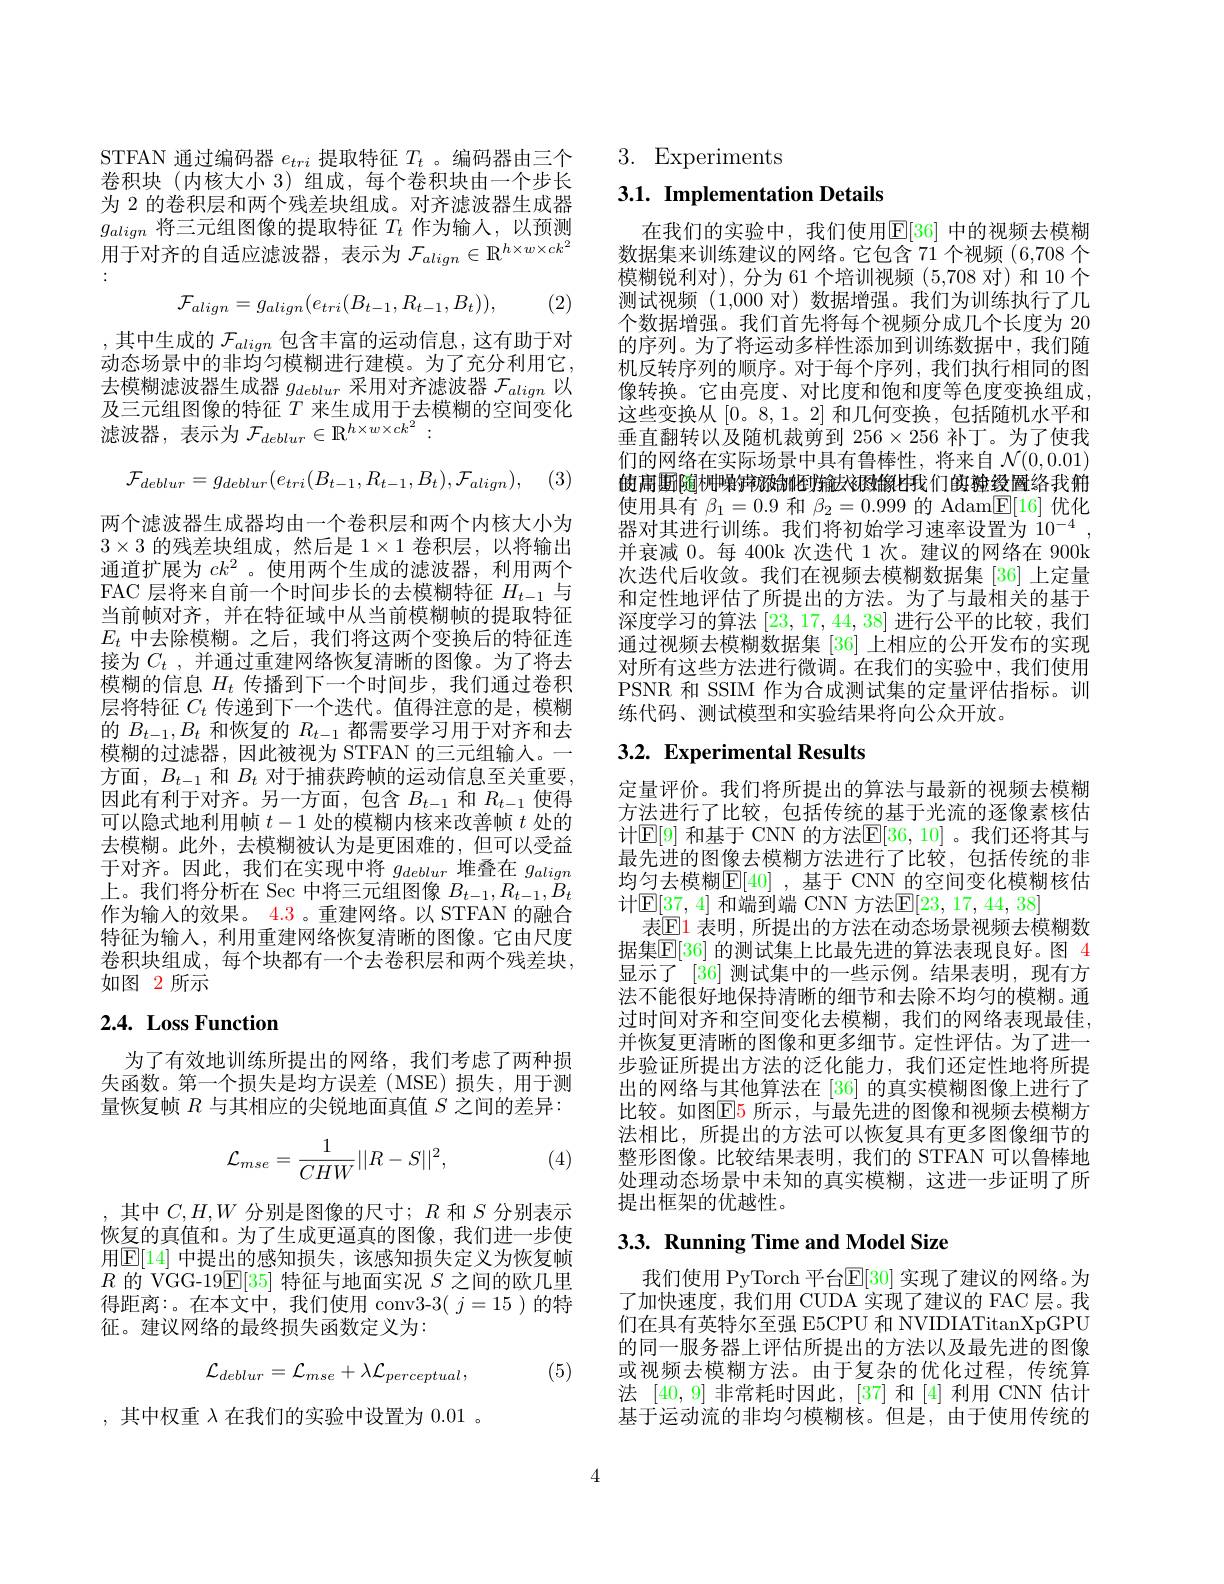
STFAN 通过编码器$e_tri$提取特征$T_t$ 。编码器由三个卷积块(内核大小 3)组成，每个卷积块由一个步长为 2 的卷积层和两个残差块组成。对齐滤波器生成器$g_{align}$将三元组图像的提取特征$T_t$作为输入，以预测$galign\text{ 门 一 几 红 区 域 的 爬 似 可 血 }^{2}t$ $| \Gamma$万 棚 厂 , 以 顶 的 用 于 对 齐 的 自 适 应 滤 波 器 , 表 示 为 $\mathcal{F} _{align}\in \mathbb{R} ^{h\times w\times ck^{2}}$
$$\mathcal F_{align}=g_{align}(e_{tri}(B_{t-1},R_{t-1},B_{t})),$$
(2)

,其中生成的 $\mathcal{F}_align$ 包含丰富的运动信息，这有助于对动态场景中的非均匀模糊进行建模。为了充分利用它， 去模糊滤波器生成器$g_{deblur}$采用对齐滤波器$\mathcal{F}_align$以及三元组图像的特征$T$来生成用于去模糊的空间变化滤波器，表示为$\mathcal{F}_deblur\in\mathbb{R}^{h\times w\times ck^{2}}:$
$$\mathcal{F}_{deblur}=g_{deblur}(e_{tri}(B_{t-1},R_{t-1},B_{t}),\mathcal{F}_{align}),$$
 , (3)

两个滤波器生成器均由一个卷积层和两个内核大小为$3\times3$的残差块组成，然后是 1$\times1$卷积层，以将输出通道扩展为$ck^2$ 。使用两个生成的滤波器，利用两个FAC 层将来自前一个时间步长的去模糊特征$H_{t-1}$与当前帧对齐，并在特征域中从当前模糊帧的提取特征$E_t$中去除模糊。之后，我们将这两个变换后的特征连接为$C_t$ , 并通过重建网络恢复清晰的图像。为了将去模糊的信息$H_t$传播到下一个时间步，我们通过卷积层将特征$C_t$传递到下一个迭代。值得注意的是，模糊的$B_{t-1},B_t$和恢复的$R_t-1$都需要学习用于对齐和去模糊的过滤器，因此被视为 STFAN 的三元组输人。一方面，$B_{t-1}$和$B_t$对于捕获跨帧的运动信息至关重要， 因此有利于对齐。另一方面，包含$B_t-1$和$R_{t-1}$使得可以隐式地利用帧$t-1$处的模糊内核来改善帧$t$处的去模糊。此外，去模糊被认为是更困难的，但可以受益于对齐。因此，我们在实现中将$g_{deblur}$堆叠在$g_{align}$ 上。我们将分析在 Sec 中将三元组图像$B_t-1,R_{t-1},\ddot{B}_t$ 作为输入的效果。$\color{red}{4.3}$ 。重建网络。以 STFAN 的融合特征为输人，利用重建网络恢复清晰的图像。它由尺度卷积块组成，每个块都有一个去卷积层和两个残差块， 如图 2 所示

# $2. 4. \textbf{Loss Function}$

为了有效地训练所提出的网络，我们考虑了两种损失函数。第一个损失是均方误差(MSE)损失，用于测量恢复帧$R$与其相应的尖锐地面真值$S$之间的差异：
$$\mathcal{L}_{mse}=\frac{1}{CHW}||R-S||^{2},$$
(4)

,其中$C,H,W$分别是图像的尺寸；$R$和$S$分别表示恢复的真值和。为了生成更逼真的图像，我们进一步使用$\boxed{\mathbb{E}}[14]$ 中提出的感知损失，该感知损失定义为恢复帧$R$的 VGG-19$\mathbb{E}[35]$特征与地面实况$S$之间的欧几里得距离：。在本文中，我们使用 conv3-3( $j=15$ )的特征。建议网络的最终损失函数定义为：
$$\mathcal{L}_{deblur}=\mathcal{L}_{mse}+\lambda\mathcal{L}_{perceptual},$$
(5)

,其中权重$\lambda$在我们的实验中设置为0.01 。

3. Experiments

# 3.1. Implementation Details

在我们的实验中，我们使用$\overline{\mathbb{E}}[36]$ 中的视频去模糊数据集来训练建议的网络。它包含 71 个视频 (6,708 个模糊锐利对),分为 61 个培训视频 (5,708 对)和 10 个测试视频(1,000 对)数据增强。我们为训练执行了几个数据增强。我们首先将每个视频分成几个长度为 20的序列。为了将运动多样性添加到训练数据中，我们随机反转序列的顺序。对于每个序列，我们执行相同的图像转换。它由亮度、对比度和饱和度等色度变换组成， 这些变换从[0。8,1。2] 和几何变换，包括随机水平和垂直翻转以及随机裁剪到$256\times256$补丁。为了使我们的网络在实际场景中具有鲁棒性，将来自$\mathcal{N}(0,0.01)$ 的高虹随枬噪垿旐铷倒骓妀袐檄牦我们敏翀绫圃络我觥使用具有$\beta_1=0.9$和$\beta_2=0.999$的 Adam$\underline{\mathrm{E}}[16]$优化器对其进行训练。我们将初始学习速率设置为 10$^{- 4}$ , 并衰减 0。每 400k 次迭代 1 次。建议的网络在 900k 次迭代后收敛。我们在视频去模糊数据集 [36] 上定量和定性地评估了所提出的方法。为了与最相关的基于深度学习的算法[23,17,44,38]进行公平的比较，我们通过视频去模糊数据集 [36] 上相应的公开发布的实现对所有这些方法进行微调。在我们的实验中，我们使用PSNR 和 SSIM 作为合成测试集的定量评估指标。训练代码、测试模型和实验结果将向公众开放。

# 3.2. Experimental Results

定量评价。我们将所提出的算法与最新的视频去模糊方法进行了比较，包括传统的基于光流的逐像素核估计$\mathbb{E}[9]$ 和基于 CNN 的方法$\mathbb{E}[36,10]$ 。我们还将其与最先进的图像去模糊方法进行了比较，包括传统的非均匀去模糊$\mathbb{E}[40]$ ,基于 CNN 的空间变化模糊核估计$\mathbb{E}[\underline{37},4]$ 和端到端 CNN 方法$\mathbb{E}[23,17,44,38]$
表$\mathbb{E}$1 表明，所提出的方法在动态场景视频去模糊数据集$\mathbb{E}[36]$ 的测试集上比最先进的算法表现良好。图 4显示了 [36] 测试集中的一些示例。结果表明，现有方法不能很好地保持清晰的细节和去除不均匀的模糊。通过时间对齐和空间变化去模糊，我们的网络表现最佳， 并恢复更清晰的图像和更多细节。定性评估。为了进一步验证所提出方法的泛化能力，我们还定性地将所提出的网络与其他算法在[36]的真实模糊图像上进行了比较。如图$\mathbb{E}$5 所示，与最先进的图像和视频去模糊方法相比，所提出的方法可以恢复具有更多图像细节的整形图像。比较结果表明，我们的 STFAN 可以鲁棒地处理动态场景中未知的真实模糊，这进一步证明了所提出框架的优越性。

# 3.3. Running Time and Model Size

我们使用 PyTorch 平台$\mathbb{E}[30]$ 实现了建议的网络。为了加快速度，我们用 CUDA 实现了建议的 FAC 层。我们在具有英特尔至强 E5CPU 和 NVIDIATitanXpGPU 的同一服务器上评估所提出的方法以及最先进的图像或视频去模糊方法。由于复杂的优化过程，传统算法[40,9]非常耗时因此，[37]和[4]利用 CNN 估计基于运动流的非均匀模糊核。但是，由于使用传统的

4